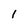
Character: 1